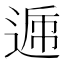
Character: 𨔄